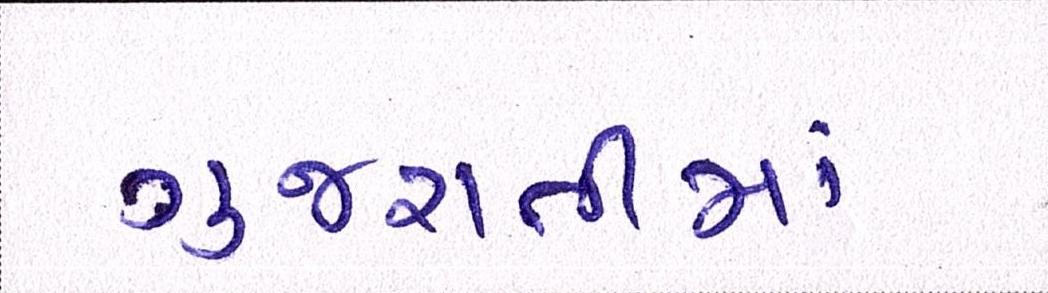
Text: ગુજરાતીમાં